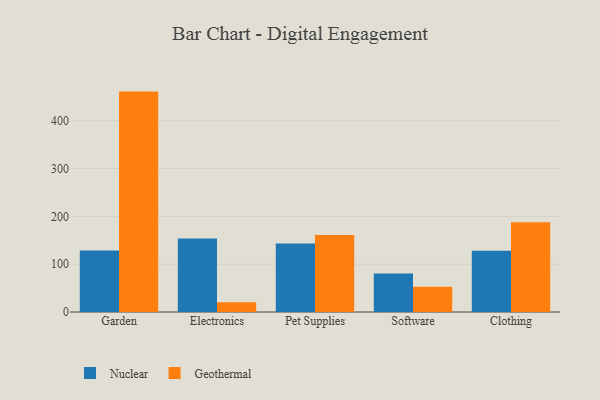
{"axis": {"x": "Category", "y": "Production Output"}, "legend": ["Geothermal", "Nuclear"], "data": [{"x": "Garden", "y": 128.5, "type": "Nuclear"}, {"x": "Garden", "y": 460.7, "type": "Geothermal"}, {"x": "Electronics", "y": 153.7, "type": "Nuclear"}, {"x": "Electronics", "y": 20.3, "type": "Geothermal"}, {"x": "Pet Supplies", "y": 143.1, "type": "Nuclear"}, {"x": "Pet Supplies", "y": 160.8, "type": "Geothermal"}, {"x": "Software", "y": 80.7, "type": "Nuclear"}, {"x": "Software", "y": 52.9, "type": "Geothermal"}, {"x": "Clothing", "y": 127.9, "type": "Nuclear"}, {"x": "Clothing", "y": 187.7, "type": "Geothermal"}]}